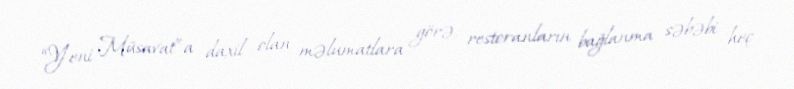
“Yeni Müsavat”a daxil olan məlumatlara görə, restoranların bağlanma səbəbi heç